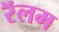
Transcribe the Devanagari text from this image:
रॅलम